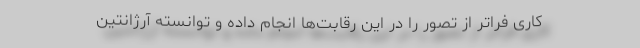
کاری فراتر از تصور را در این رقابت‌ها انجام داده و توانسته آرژانتین